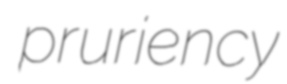
pruriency